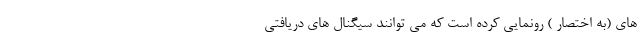
های (به اختصار ) رونمایی کرده است که می توانند سیگنال های دریافتی